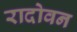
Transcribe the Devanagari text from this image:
रादोवन